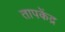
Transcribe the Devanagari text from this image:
तापकेंद्र